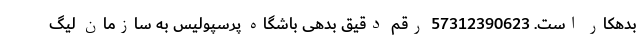
بدهکار است. 57312390623 رقم دقیق بدهی باشگاه پرسپولیس به سازمان لیگ